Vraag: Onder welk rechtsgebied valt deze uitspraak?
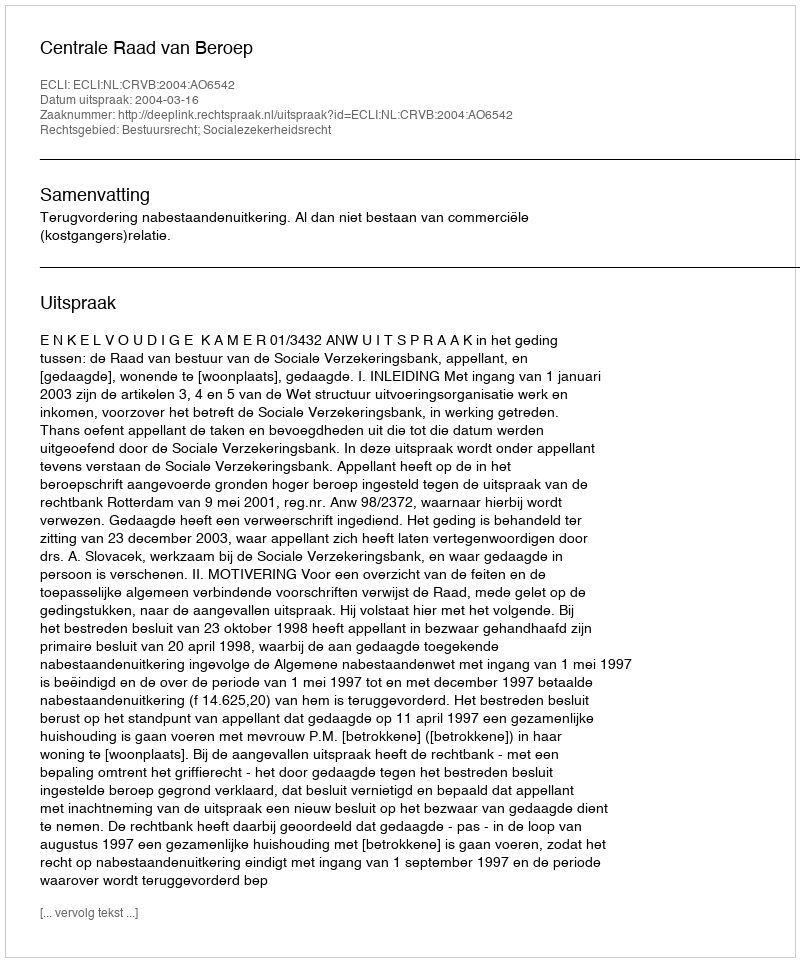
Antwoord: Bestuursrecht; Socialezekerheidsrecht